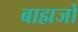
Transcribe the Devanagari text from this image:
बाह्मजों